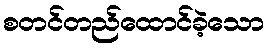
စတင်တည်ထောင်ခဲ့သော